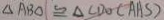
\Delta A B O \cong \Delta C D O ( A A S )